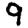
Digit: 9